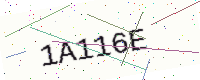
Text: 1A116E